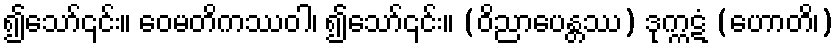
၍သော်၎င်း။ ဝေမတိကဿဝါ၊ ၍သော်၎င်း။ (ဝိညာပေန္တဿ) ဒုက္ကဋံ (ဟောတိ၊)